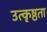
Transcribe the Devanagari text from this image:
उत्कृष्ठता